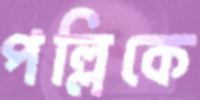
পল্লিকে